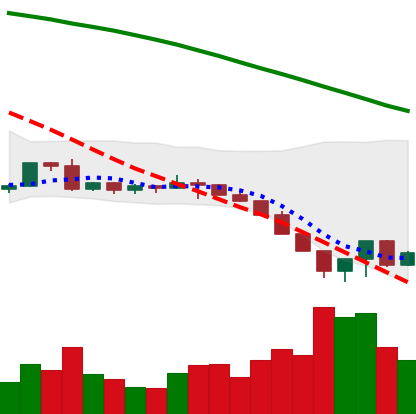
Ticker: LTC-USD
Chart end date: 2022-06-17
Forward return: 9.27%
Label: up_7plus